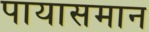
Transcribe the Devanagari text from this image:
पायासमान